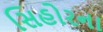
સિહોરના